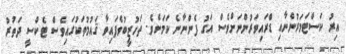
އިރު ކަސްޓަމަރުންނާއި ޑްރައިވަރުންނަށްވެސް އަގު ފެންނާނެ ކަމަށެވެ. ތަހުޒީބުވެފައިވާ ޤައުމުތަކުގައިވެސް ޓެކްސީ ދަތުރު